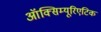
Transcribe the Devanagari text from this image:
ऑक्सिम्यूरिएटिक